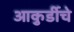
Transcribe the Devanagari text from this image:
आकुर्डीचे